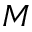
M